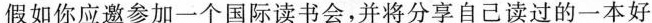
假如你应邀参加一个国际读书会,并将分享自己读过的一本好